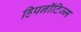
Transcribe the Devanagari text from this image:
हिपनॉटिज्म